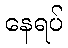
နေရပ်